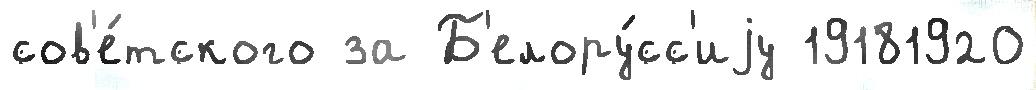
сов'е́тского за Б'елору́сс'иjу 19181920